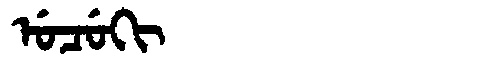
Manchu: ᡠᠴᡠᡴᡳ
Romanization: UCUKI